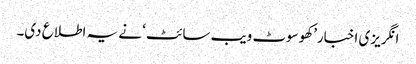
انگریزی اخبار’کھوسوٹ ویب سائٹ ‘ نے یہ اطلاع دی۔